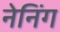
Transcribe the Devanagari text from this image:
नेनिंग